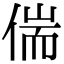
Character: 偳